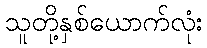
သူတို့နှစ်ယောက်လုံး